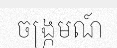
ចង្ក្រមណ៍